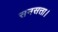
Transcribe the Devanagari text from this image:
सनसत्ता।